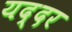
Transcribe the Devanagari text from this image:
यद्दर